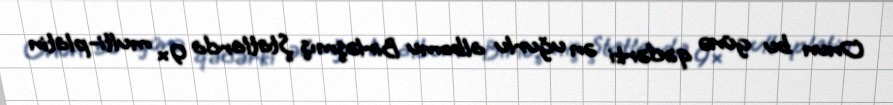
Onun bu günə qədərki ən uğurlu albomu Birləşmiş Ştatlarda 9× multi-platin